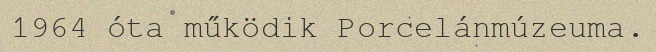
1964 óta működik Porcelánmúzeuma.